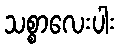
သစ္စာလေးပါး